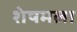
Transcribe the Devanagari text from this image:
शेषमला